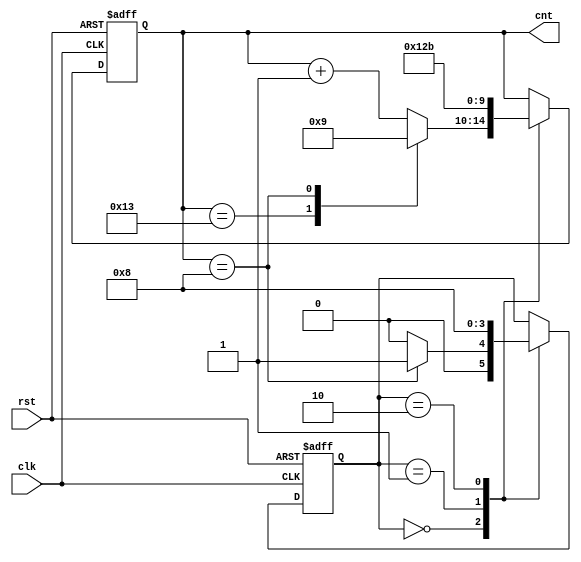
module count19 (clk,rst,cnt);
input clk,rst;
output [4:0] cnt;
reg [4:0] cnt;
parameter NOT9=0,F9=1,S9=2;
reg [1:0] state;

always @ (posedge clk or posedge rst)
begin
   if (rst) 

   state<= NOT9;
   else
      case(state)
   NOT9: state<=cnt==8? F9:NOT9;
   F9: state <= S9;
   S9:state<=NOT9;
   endcase
end

always @ (posedge clk or posedge rst)
begin
   if (rst) cnt<=0;
   else 
      case (state)
     NOT9: case(cnt)
     19: cnt<=0;
     8:cnt<=9;
     default: cnt<=cnt+1;
     endcase
F9:cnt<=9;
S9:cnt<=11;
endcase
end
endmodule